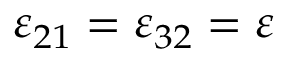
\varepsilon _ { 2 1 } = \varepsilon _ { 3 2 } = \varepsilon